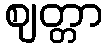
ဈတ္တာ